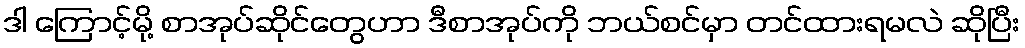
ဒါ ကြောင့်မို့ စာအုပ်ဆိုင်တွေဟာ ဒီစာအုပ်ကို ဘယ်စင်မှာ တင်ထားရမလဲ ဆိုပြီး